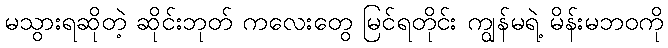
မသွားရဆိုတဲ့ ဆိုင်းဘုတ် ကလေးတွေ မြင်ရတိုင်း ကျွန်မရဲ့ မိန်းမဘဝကို